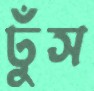
ঢুঁস